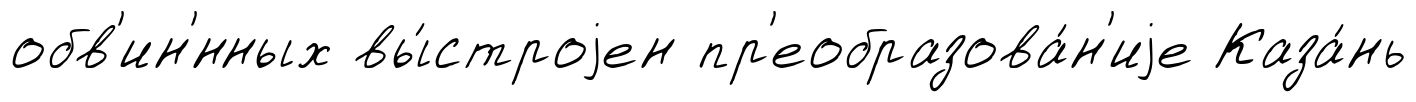
обв'ин'́нных вы́строjен пр'еобразова́н'иjе Каза́нь